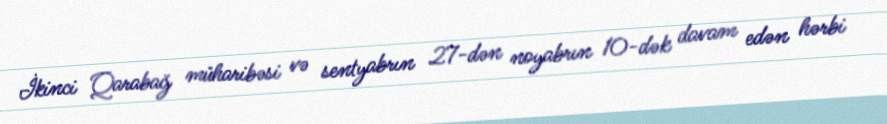
İkinci Qarabağ müharibəsi və sentyabrın 27-dən noyabrın 10-dək davam edən hərbi